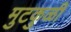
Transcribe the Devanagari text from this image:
मुटकुळी